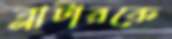
ব্লাটারকে